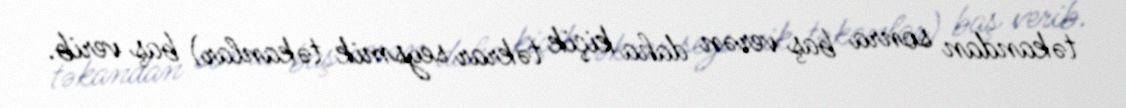
təkandan sonra baş verən daha kiçik təkrar seysmik təkanlar) baş verib.